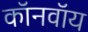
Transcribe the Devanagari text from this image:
कॉनवॉय